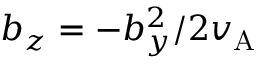
b _ { z } = - b _ { y } ^ { 2 } / 2 v _ { \mathrm { A } }